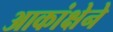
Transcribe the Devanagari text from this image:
आकांक्षेने